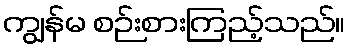
ကျွန်မ စဉ်းစားကြည့်သည်။